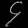
Digit: ၄